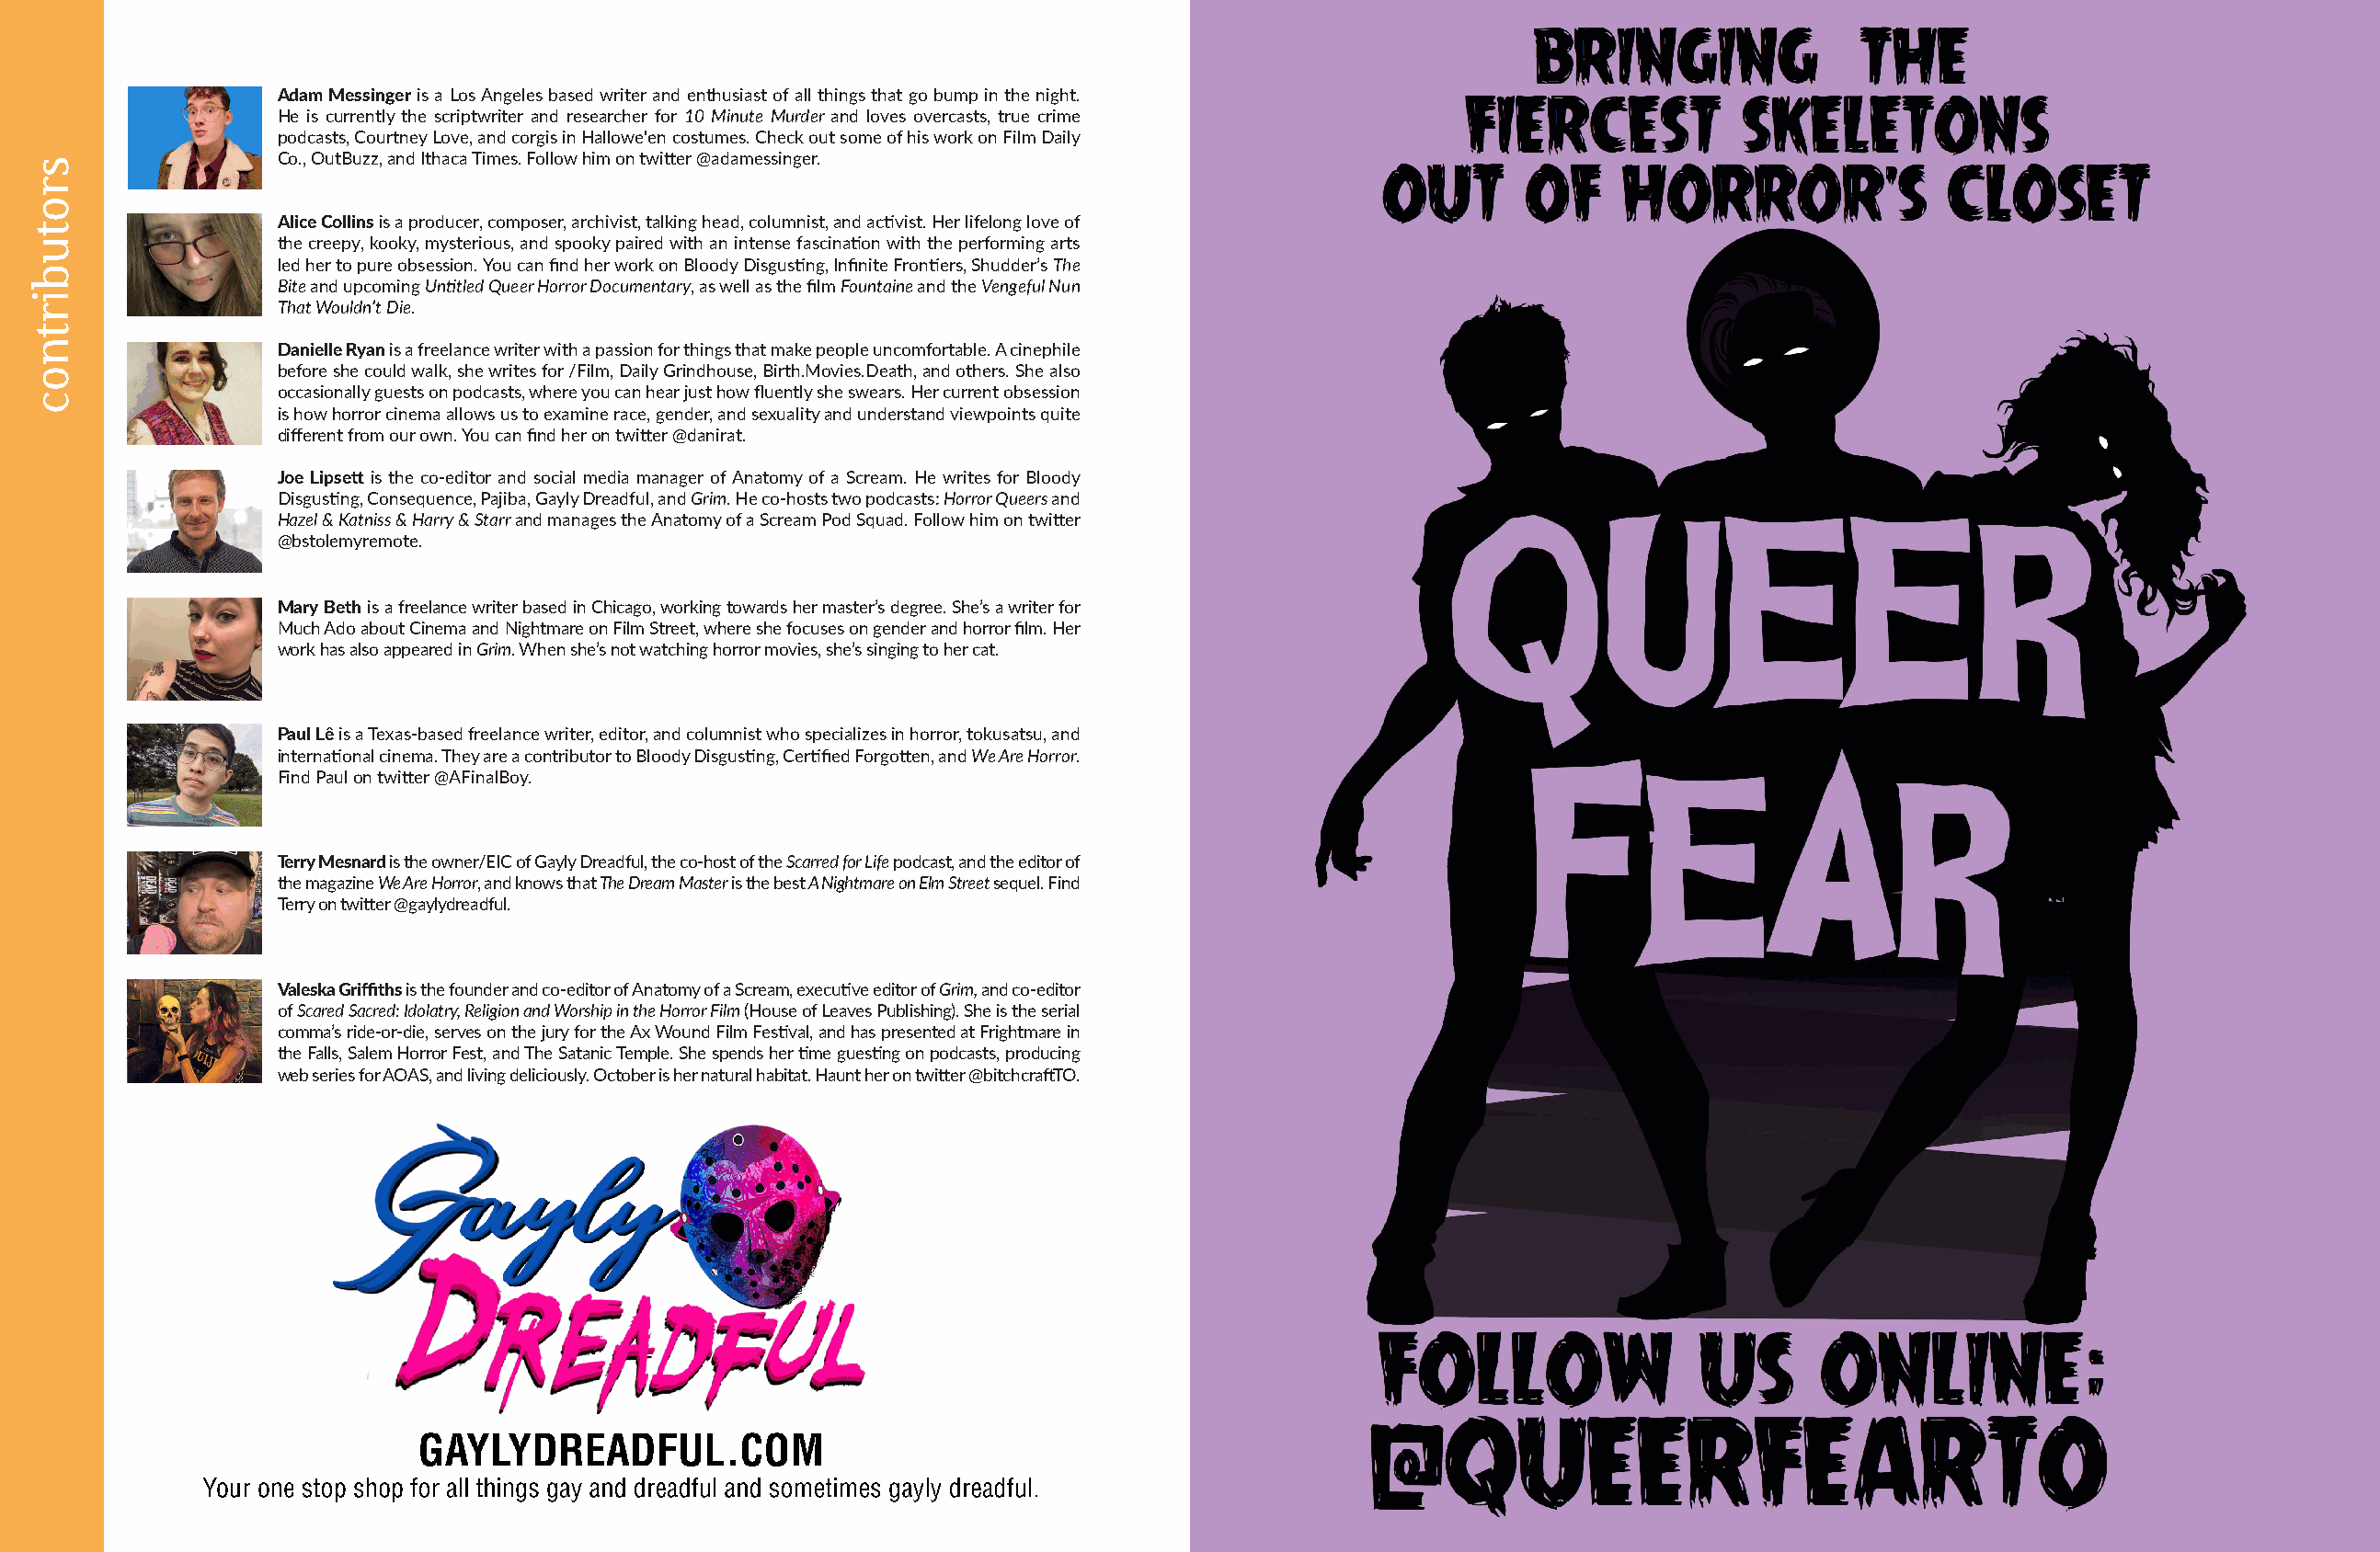
Adam Messinger is a Los Angeles based writer and enthusiast of all things that go bump in the night.
 He is currently the scriptwriter and researcher for 10 Minute Murder and loves overcasts, true crime
 podcasts, Courtney Love, and corgis in Hallowe'en costumes. Check out some of his work on Film Daily
 Co., OutBuzz, and Ithaca Times. Follow him on twitter @adamessinger.
 Alice Collins is a producer, composer, archivist, talking head, columnist, and activist. Her lifelong love of
 the creepy, kooky, mysterious, and spooky paired with an intense fascination with the performing arts
 led her to pure obsession. You can find her work on Bloody Disgusting, Infinite Frontiers, Shudder’s The
 Bite and upcoming Untitled Queer Horror Documentary, as well as the film Fountaine and the Vengeful Nun
 That Wouldn’t Die.
 Danielle Ryan is a freelance writer with a passion for things that make people uncomfortable. A cinephile
 before she could walk, she writes for /Film, Daily Grindhouse, Birth.Movies.Death, and others. She also
 occasionally guests on podcasts, where you can hear just how fluently she swears. Her current obsession
 is how horror cinema allows us to examine race, gender, and sexuality and understand viewpoints quite
 different from our own. You can find her on twitter @danirat.
 Joe Lipsett is the co-editor and social media manager of Anatomy of a Scream. He writes for Bloody
 Disgusting, Consequence, Pajiba, Gayly Dreadful, and Grim. He co-hosts two podcasts: Horror Queers and
 Hazel & Katniss & Harry & Starr and manages the Anatomy of a Scream Pod Squad. Follow him on twitter
 @bstolemyremote.
 Mary Beth is a freelance writer based in Chicago, working towards her master’s degree. She’s a writer for
 Much Ado about Cinema and Nightmare on Film Street, where she focuses on gender and horror film. Her
 work has also appeared in Grim. When she’s not watching horror movies, she’s singing to her cat.
 Paul Lê is a Texas-based freelance writer, editor, and columnist who specializes in horror, tokusatsu, and
 international cinema. They are a contributor to Bloody Disgusting, Certified Forgotten, and We Are Horror.
 Find Paul on twitter @AFinalBoy.
 Terry Mesnard is the owner/EIC of Gayly Dreadful, the co-host of the Scarred for Life podcast, and the editor of
 the magazine We Are Horror, and knows that The Dream Master is the best A Nightmare on Elm Street sequel. Find
 Terry on twitter @gaylydreadful.
 Valeska Griffiths is the founder and co-editor of Anatomy of a Scream, executive editor of Grim, and co-editor
 of Scared Sacred: Idolatry, Religion and Worship in the Horror Film (House of Leaves Publishing). She is the serial
 comma’s ride-or-die, serves on the jury for the Ax Wound Film Festival, and has presented at Frightmare in
 the Falls, Salem Horror Fest, and The Satanic Temple. She spends her time guesting on podcasts, producing
 web series for AOAS, and living deliciously. October is her natural habitat. Haunt her on twitter @bitchcraftTO.
 45
 srotubirtnoc